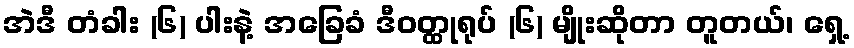
အဲဒီ တံခါး (၆) ပါးနဲ့ အခြေခံ ဒီဝတ္ထုရုပ် (၆) မျိုးဆိုတာ တူတယ်၊ ရှေ့